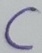
Text: C